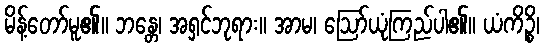
မိန့်တော်မူ၏။ ဘန္တေ၊ အရှင်ဘုရား။ အာမ၊ ဩော်ယုံကြည်ပါ၏။ ယံကိဉ္စိ၊